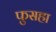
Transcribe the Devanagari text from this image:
फुसहा